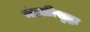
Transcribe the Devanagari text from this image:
मंडळीसुद्धा